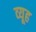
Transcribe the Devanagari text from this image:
व्‍यूह